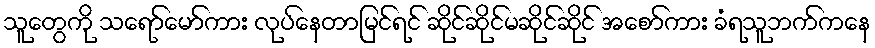
သူတွေကို သရော်မော်ကား လုပ်နေတာမြင်ရင် ဆိုင်ဆိုင်မဆိုင်ဆိုင် အစော်ကား ခံရသူဘက်ကနေ